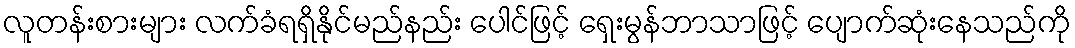
လူတန်းစားများ လက်ခံရရှိနိုင်မည်နည်း ပေါင်ဖြင့် ရှေးမွန်ဘာသာဖြင့် ပျောက်ဆုံးနေသည်ကို